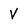
Character: V